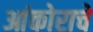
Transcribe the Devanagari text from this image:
आंकोराचे